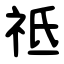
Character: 祗